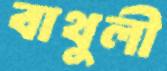
বাথুলী